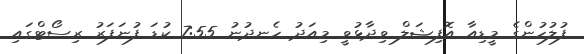
ފުލުހުންގެ މީޑިއާ އޮފިޝަލް ވިދާޅުވީ މިއަދު ހެނދުނު 7:55 ކުޑަ ފުނަފަރު ރިސޯޓްގައި